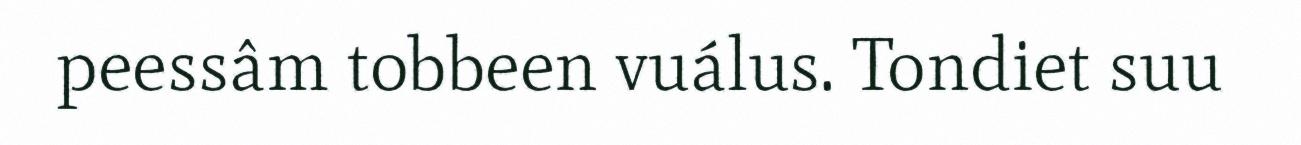
peessâm tobbeen vuálus. Tondiet suu